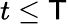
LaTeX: t\le\mathsf{T}